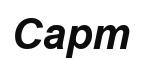
Сарт